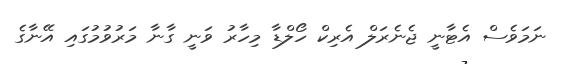
ނަމަވެސް އެޓާނީ ޖެނެރަލް އެރިކް ހޯލްޑާ މިހާރު ވަނީ ގާނާ މަރުވުމުގައި އޭނާގެ